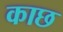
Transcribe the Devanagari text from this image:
काछ